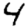
Digit: 4